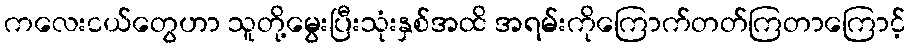
ကလေးငယ်တွေဟာ သူတို့မွေးပြီးသုံးနှစ်အထိ အရမ်းကိုကြောက်တတ်ကြတာကြောင့်